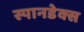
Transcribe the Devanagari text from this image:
स्पानडेक्स